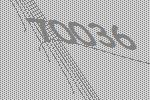
70036